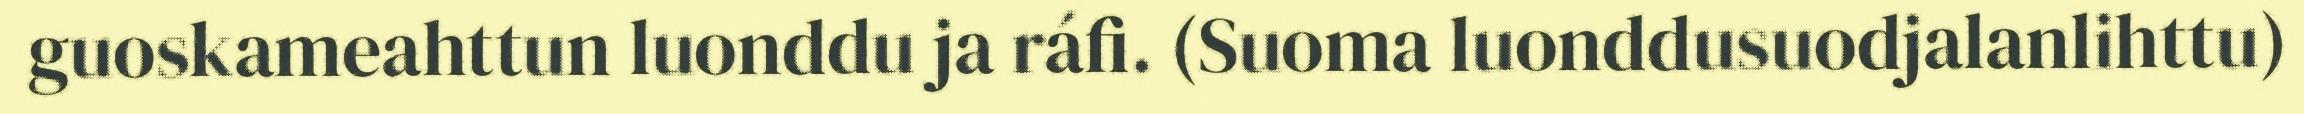
guoskameahttun luonddu ja ráfi. (Suoma luonddusuodjalanlihttu)